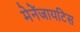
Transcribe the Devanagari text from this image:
मेनेंजायटिस